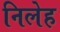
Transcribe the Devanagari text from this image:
निलेह